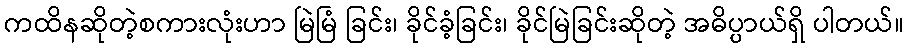
ကထိနဆိုတဲ့စကားလုံးဟာ မြဲမြံ ခြင်း၊ ခိုင်ခံ့ခြင်း၊ ခိုင်မြဲခြင်းဆိုတဲ့ အဓိပ္ပာယ်ရှိ ပါတယ်။